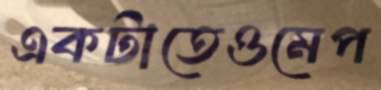
একটাতেওমেপ